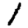
Digit: 1